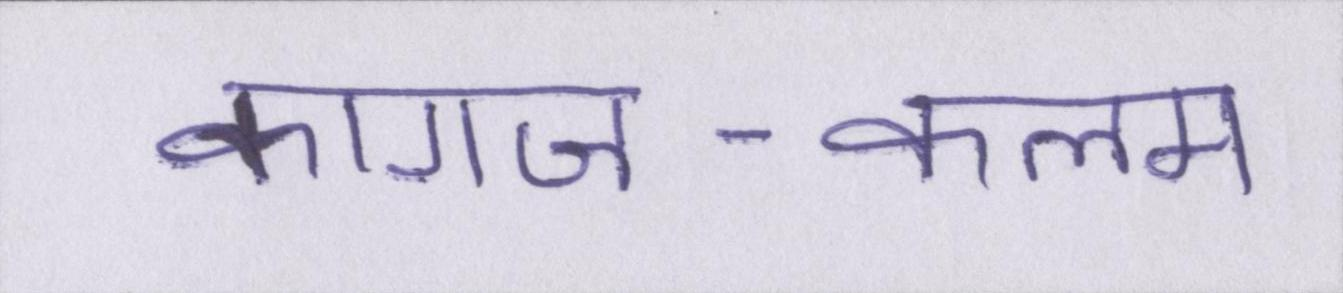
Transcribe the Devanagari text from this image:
कागज-कलम